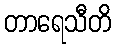
တာရေသီတိ